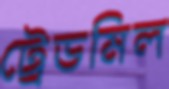
ট্রেডমিল